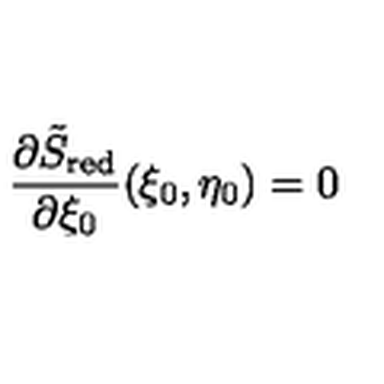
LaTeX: \frac { \partial \tilde { S } _ { \mathrm { \scriptsize r e d } } } { \partial \xi _ { 0 } } ( \xi _ { 0 } , \eta _ { 0 } ) = 0